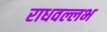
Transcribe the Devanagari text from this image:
राधवल्लभ